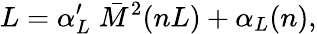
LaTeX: L=\alpha_{L}^{\prime}\; \bar{M}^{2}(nL)+\alpha_{L}(n),